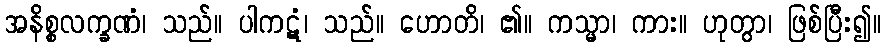
အနိစ္စလက္ခဏံ၊ သည်။ ပါကဋံ၊ သည်။ ဟောတိ၊ ၏။ ကသ္မာ၊ ကား။ ဟုတွာ၊ ဖြစ်ပြီး၍။